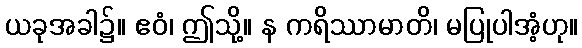
ယခုအခါ၌။ ဧဝံ၊ ဤသို့။ န ကရိဿာမာတိ၊ မပြုပါအံ့ဟု။